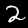
Digit: 2